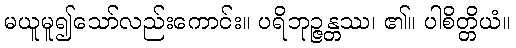
မယူမူ၍သော်လည်းကောင်း။ ပရိဘုဉ္ဇန္တဿ၊ ၏။ ပါစိတ္တိယံ။